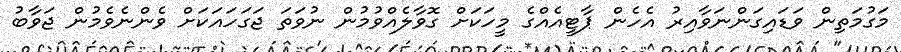
މަގުމަތިން ވަޑައިގަންނަވާއިރު އެހެން ޕާޓީއެއްގެ މީހަކަށް ގޮވާލެއްވުމުން ނުވަތަ ޖަގަހައަކަށް ވެންނެވެމުން ޖަވާބު